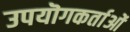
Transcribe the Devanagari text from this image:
उपयॊगकर्ताओं